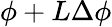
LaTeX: \phi+L\Delta\phi